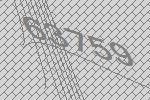
63759